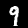
Label: 9